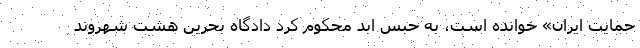
حمایت ایران» خوانده است، به حبس ابد محکوم کرد دادگاه بحرین هشت شهروند